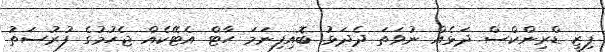
ފިޒީ ޑްރިންކްސް ދަޅެއް ނުވަތަ ދެދަޅު ބޮއިފިނަމަ ހާޓް އެޓޭކެއް ޖެހުމުގެ ފުރުސަތު